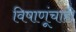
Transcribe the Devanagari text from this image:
विषाणूंचाही